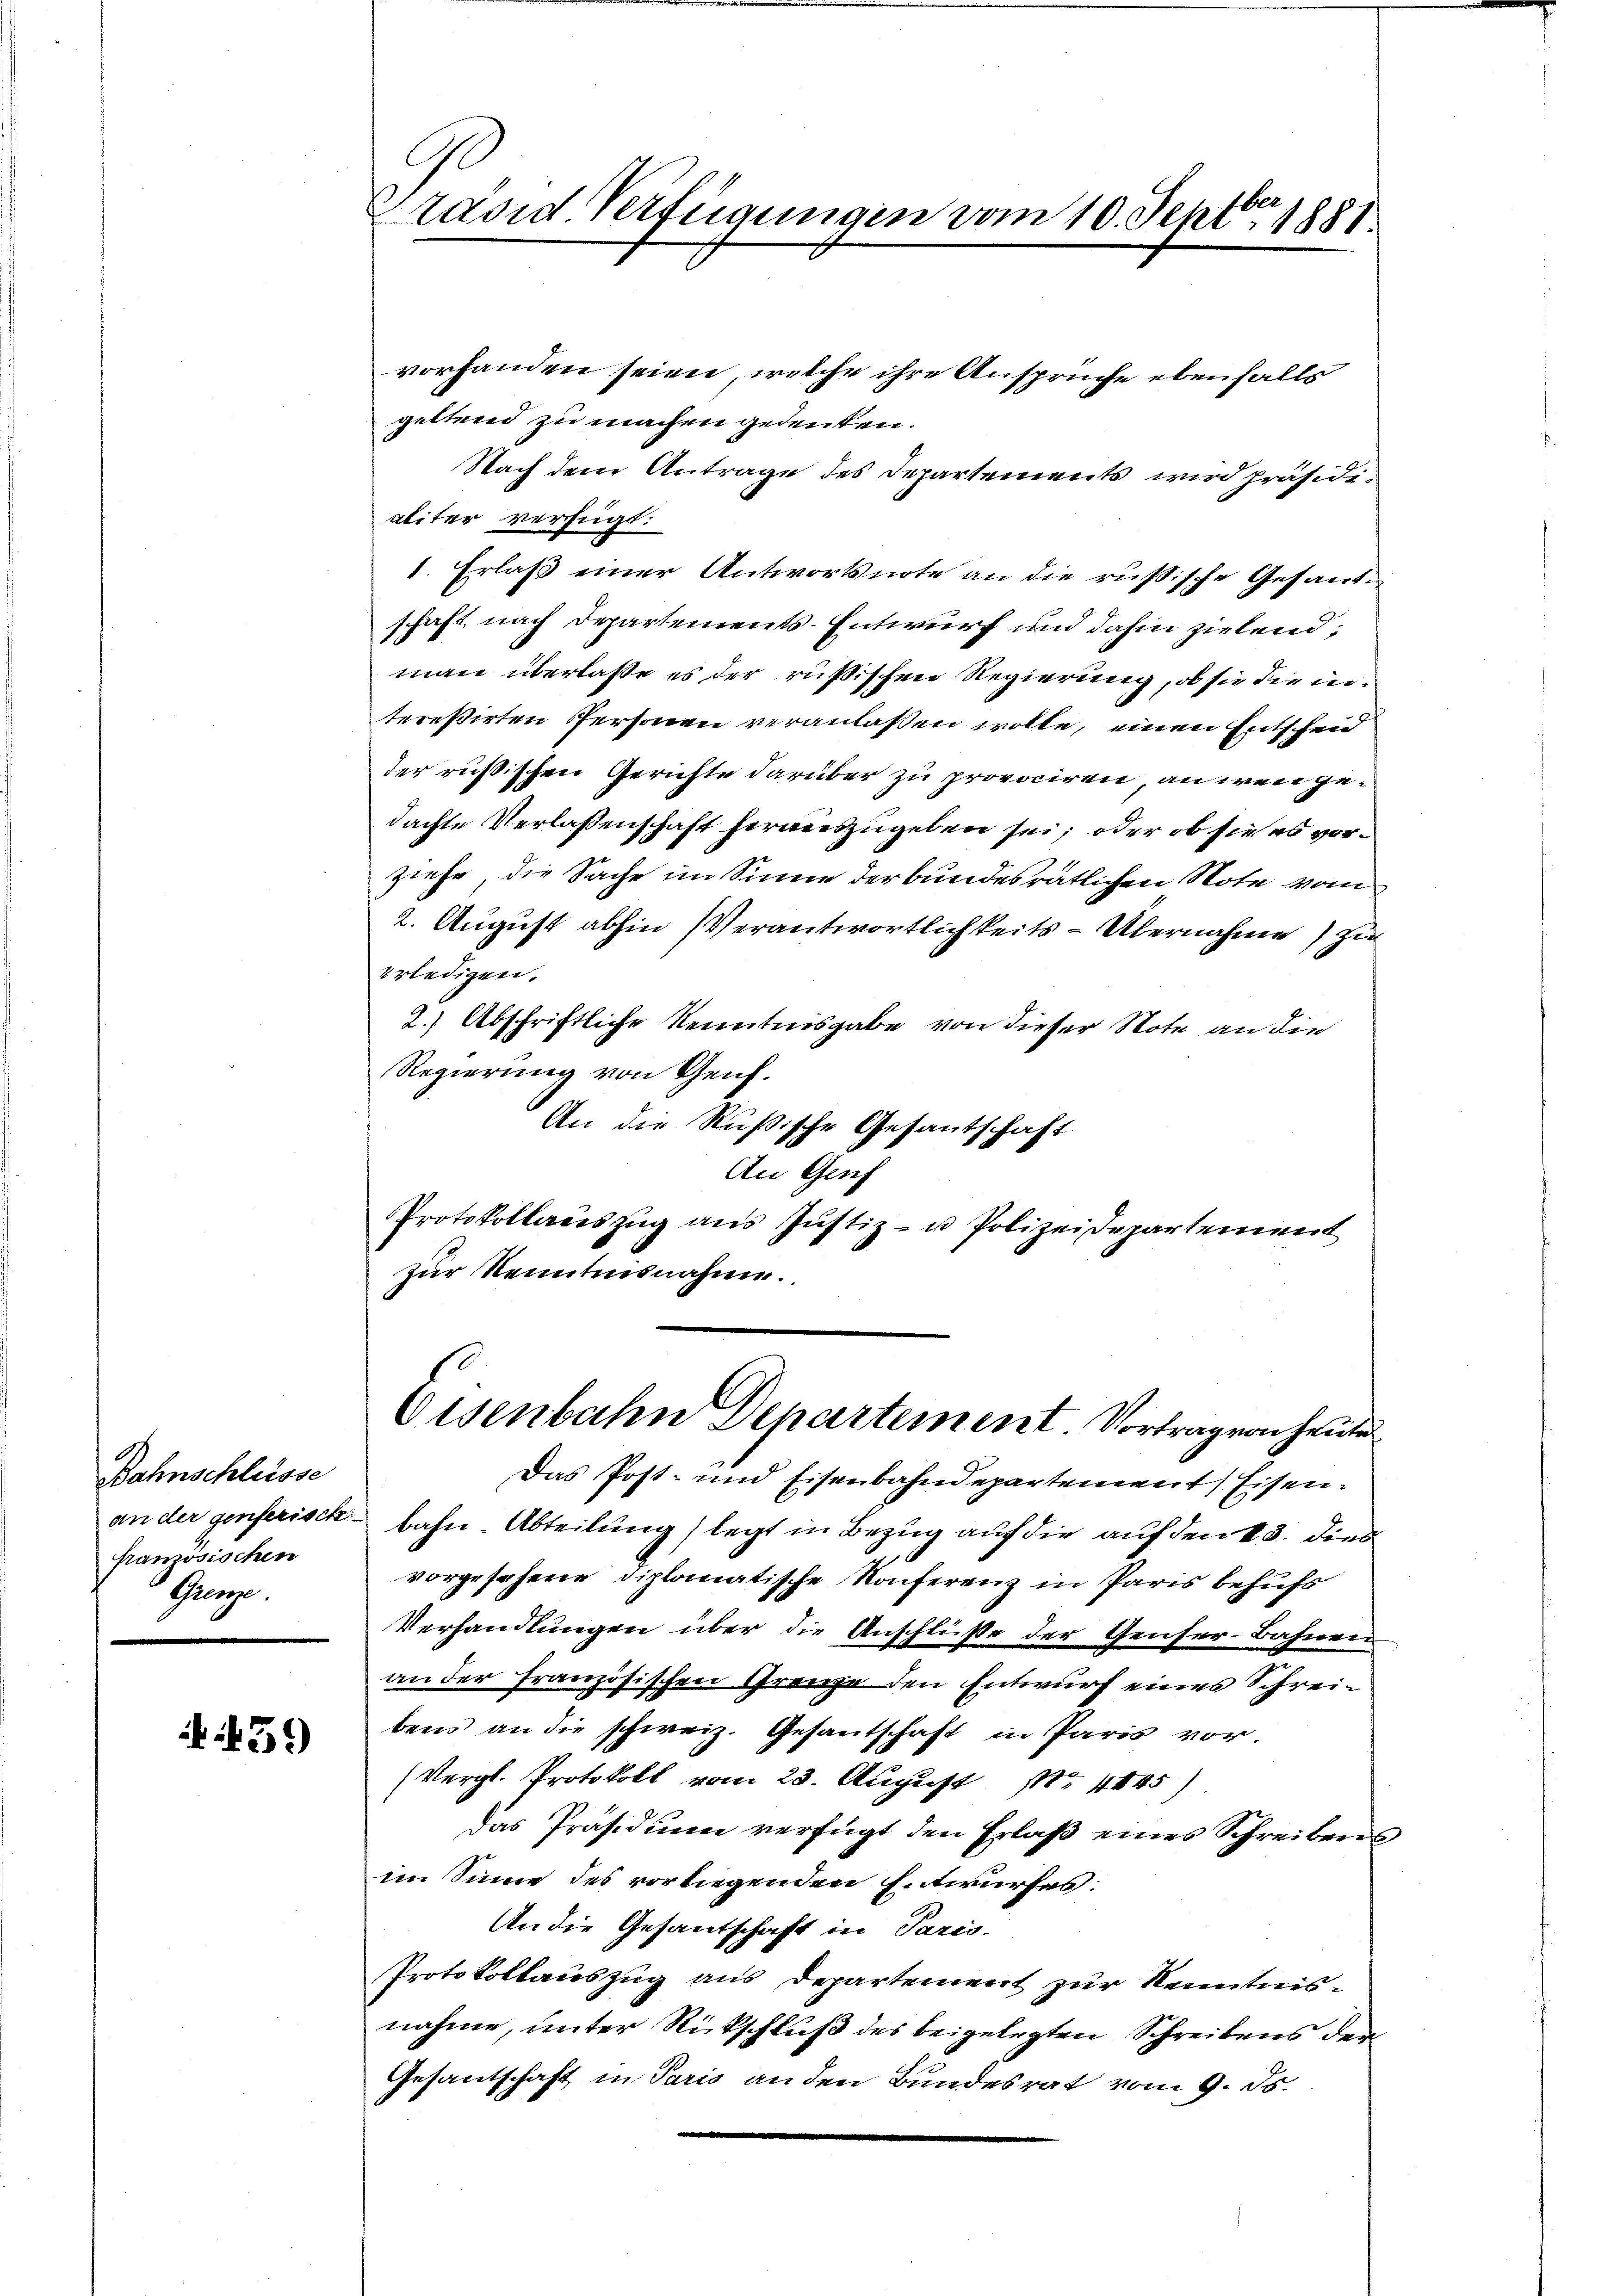
Bahnschlusse
an der genferisch
französischen
Gange.

.55)

vorhanden seien, welche ihre Ansprüche ebenfalls
geltend zu machen gedenken.
Nach dem Antrage des Departements wird präsidialiter verfügt:
1. Erlaß einer Antwortsnote an die russische Gesandschaft, nach Departements-Entwurf und dahin zielend;
man überlaße es der rußischen Regierung, ob sie die intereßirten Personen veranlassen wolle, einen Entscheid
der russischen Gerichte darüber zu provociren, an wenn gedachte Verlassenschaft herauszugeben sei; oder ob sie es vorziehe, die Sache im Sinne der bundesrätlichen Note vom
2. August abhin Verantwortlichkeits - Übernahme zu
erledigen.
2.) Abschriftliche Kenntnisgabe von dieser Note an die
Regierung von Genf.
An die Rußische Gesantschaft
An Genf
Protokollauszug aus Justiz- u Polizeidepartement
zur Kenntnisnahme.

Pravid Verfügungen vom 10. Septbr. 1881

Eisenbahn Departement. Vortrag von heute

Das Post- und Eisenbahndepartement Eisenbahn-Abteilung legt in Bezug auf die auf den 13. dies
vorgesehene diplomatische Konferenz in Paris behufs
Verhandlungen über die Anschlüsse der Genfer-Bahnen
an der französischen Grenze den Entwurf eines Schreibens an die schweiz. Gesantschaft in Paris vor.
(Vergl. Protokoll vom 23. August No 4845)
das Präsidium verfügt den Erlaß eines Schreibensim Sinne des vorliegenden Entwurfes:
An die Gesandschaft in Paris.
Protokollauszug aus Departement zur Kenntnisnahme, unter Rückschluß des beigelegten Schreibens der
Gesantschaft in Paris an den Bundesrat vom 9. ds.